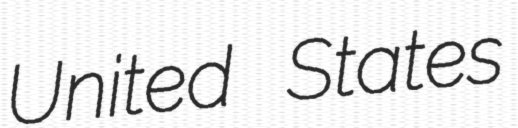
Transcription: United States